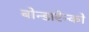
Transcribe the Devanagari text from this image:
बोन्डारेन्को